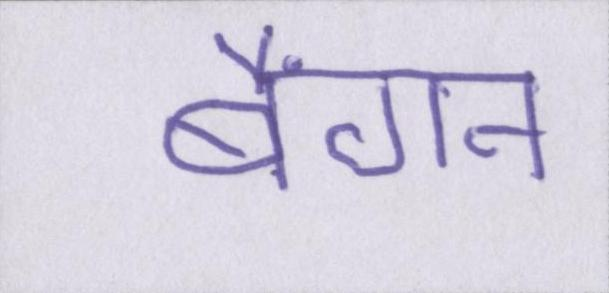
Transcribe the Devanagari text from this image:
बैंगन